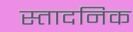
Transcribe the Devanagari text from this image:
स्तादनिक